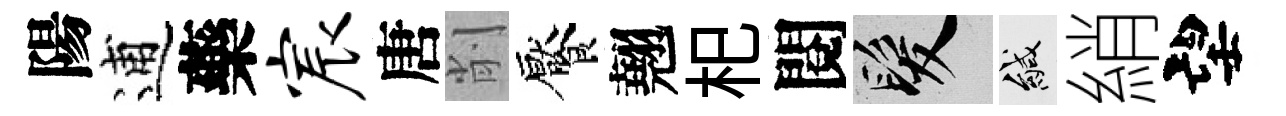
陽逋藥宸唐削饜翹𣏌閱髮緘綃望